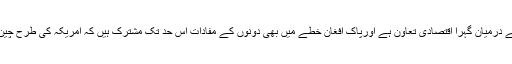
ماہرین کا کہنا ہے کہ امریکہ اور چین کے درمیان گہرا اقتصادی تعاون ہے اورپاک افغان خطے میں بھی دونوں کے مفادات اس حد تک مشترک ہیں کہ امریکہ کی طرح چین بھی دہشت گرد ی سے متاثر ہو رہا ہے۔